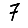
Digit: 7